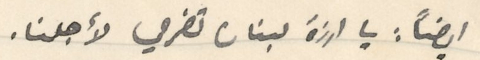
ايضاً: يا ارزة لبنان تضرعي لاجلنا.